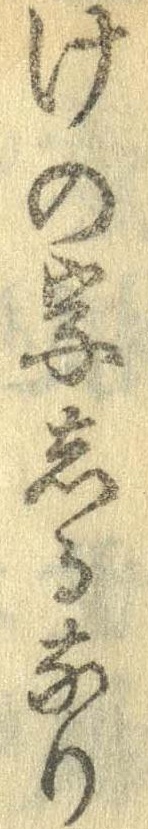
けの字しるなり